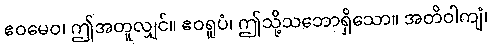
ဧဝမေဝ၊ ဤအတူလျှင်။ ဧဝရူပံ၊ ဤသို့သဘောရှိသော။ အတိဝါကျံ၊